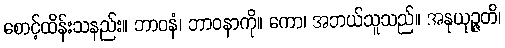
စောင့်ထိန်းသနည်း။ ဘာဝနံ၊ ဘာဝနာကို။ ကော၊ အဘယ်သူသည်။ အနုယုဉ္ဇတိ၊